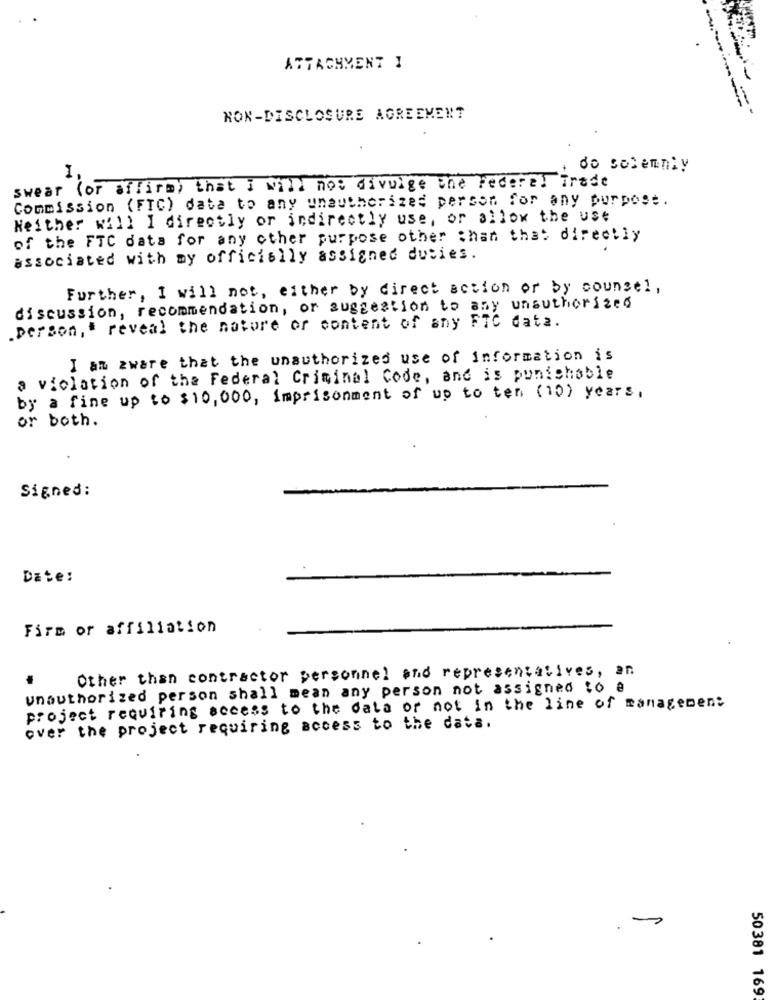
ATTACHMENT 1
- -
NON-DISCLOSURE AGREEMENT
do solemnly
swear (or affirm) that I will not divulge the Federal Trade
Commission (FTC) data to any unauthorized person for any purpose.
Neither will I directly or indirectly use, or allow the use
of the FTC data for any other purpose other than that directly
associated with my officially assigned duties.
Further, I will not, either by direct action or by counsel,
discussion, recommendation, or suggestion to any unauthorized
.person, " reveal the nature of content of any FTC data.
I am aware that the unauthorized use of information is
a violation of the Federal Criminal Code, and is punishable
by a fine up to $10,000, imprisonment of up to ten (10) years,
or both.
Signed:
Date:
Firm or affiliation
Other than contractor personnel and representatives, an
unauthorized person shall mean any person not assigned to @
project requiring access to the data or not in the line of management
over the project requiring access to the data.
.-
50381 169